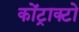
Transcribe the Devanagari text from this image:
कोंट्राक्टो